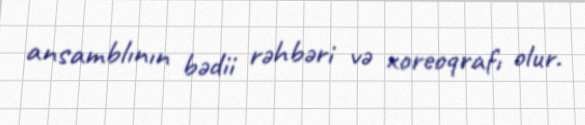
ansamblının bədii rəhbəri və xoreoqrafı olur.